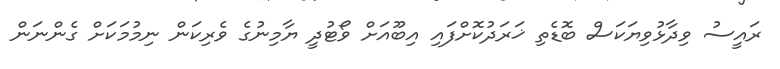
ރައީސު ވިދާޅުވިޔަކަސް ބޮޑެތި ޚަރަދުކޮށްފައި އިބޫއަށް ވޯޓުދީ ޔާމިނުގެ ވެރިކަން ނިމުމަކަށް ގެންނަން